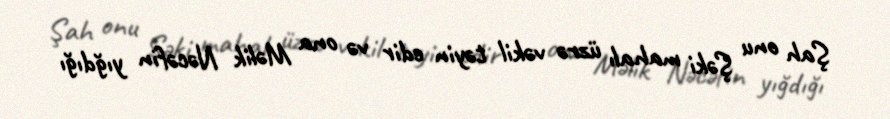
Şah onu Şəki mahalı üzrə vəkil təyin edir və ona Məlik Nəcəfin yığdığı